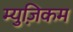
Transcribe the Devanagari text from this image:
म्युज़िकम